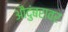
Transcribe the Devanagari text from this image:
औदुंबरावर